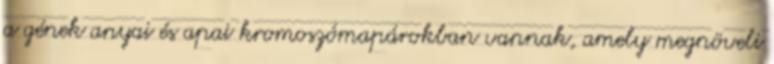
a gének anyai és apai kromoszómapárokban vannak, amely megnöveli